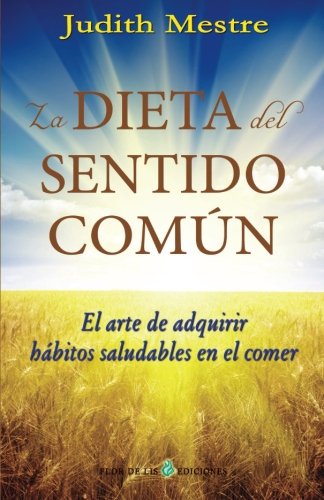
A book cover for La dieta del sentido comun: El arte de adquirir hÃ¡bitos saludables en el comer (Spanish Edition); Judith mestre; Health, Fitness & Dieting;